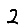
Digit: 2